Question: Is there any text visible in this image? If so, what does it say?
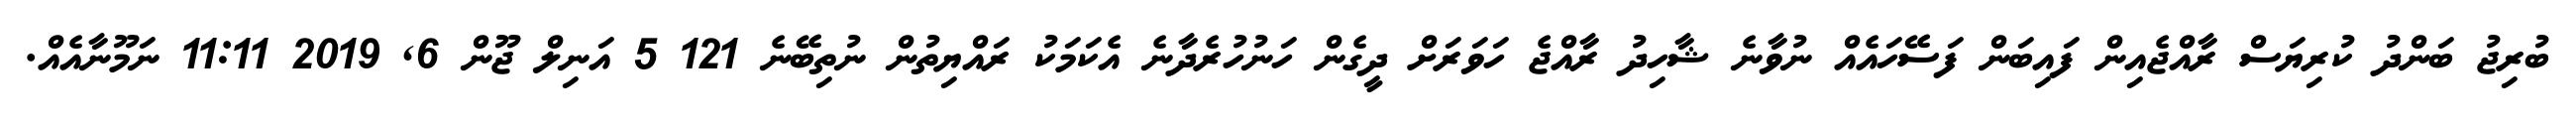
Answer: ބުރިޖު ބަންދު ކުރިޔަސް ރާއްޖެއިން ފައިބަން ފަސޭހައެއް ނުވާނެ ޝާހިދު ރާއްޖެ ހަވަރަށް ދީގެން ހަނުހުރެދާނެ އެކަމަކު ރައްޔިތުން ނުތިބޭނެ 121 5 އަނިލް ޖޫން 6, 2019 11:11 ނަމޫނާއެއް.